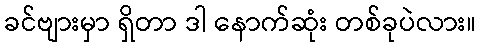
ခင်ဗျားမှာ ရှိတာ ဒါ နောက်ဆုံး တစ်ခုပဲလား။